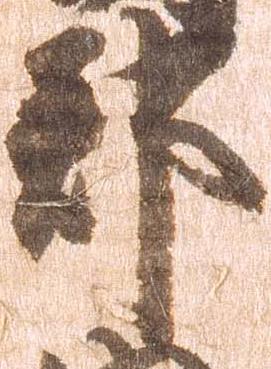
郡